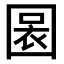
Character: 𡈃